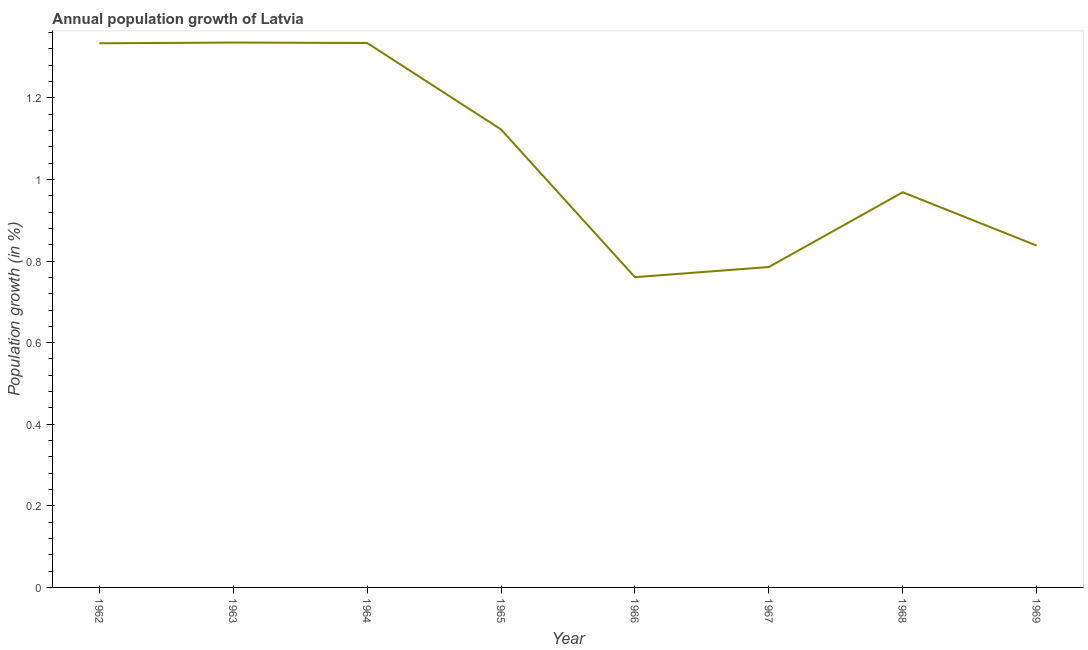
| Year | Population growth |
 | --- | --- |
 | 1962 | 1.33 |
 | 1963 | 1.34 |
 | 1964 | 1.33 |
 | 1965 | 1.12 |
 | 1966 | 0.76 |
 | 1967 | 0.785 |
 | 1968 | 0.969 |
 | 1969 | 0.838 |